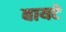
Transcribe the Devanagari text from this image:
बायटे